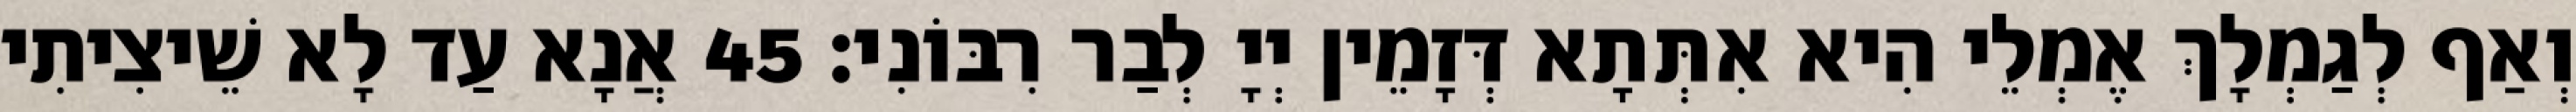
וְאַף לְגַמְלָךְ אֶמְלֵי הִיא אִתְּתָא דְּזָמֵין יְיָ לְבַר רִבּוֹנִי׃ 45 אֲנָא עַד לָא שֵׁיצִיתִי